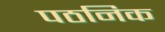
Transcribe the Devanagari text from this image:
पठनिक